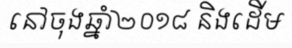
នៅចុងឆ្នាំ២០១៨ និងដើម